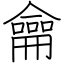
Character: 龠